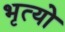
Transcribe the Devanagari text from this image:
भृत्यो